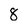
Character: 8